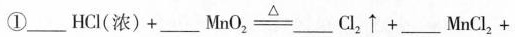
① $$___ H C ( 浓 ) + ___ M n O _ { 2 } \xlongequal [ ] { △ } ___ C l _ { 2 } \uparrow + ___ M n C l _ { 2 } +